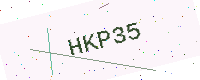
Text: HKP35